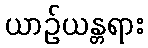
ယာဉ်ယန္တရား